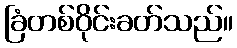
ခြံတစ်ဝိုင်းခတ်သည်။